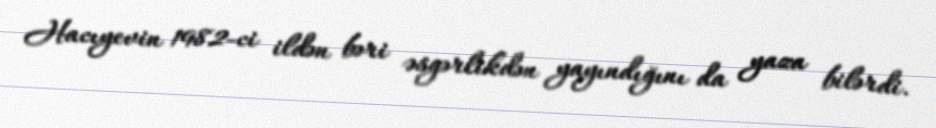
Hacıyevin 1982-ci ildən bəri əsgərlikdən yayındığını da yaza bilərdi.